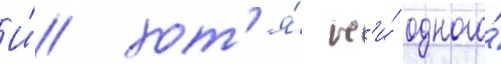
И́ хот'я́ н'и́ одного́